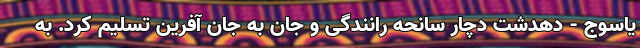
یاسوج - دهدشت دچار سانحه رانندگی و جان به جان آفرین تسلیم کرد. به